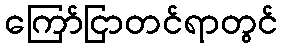
ကြော်ငြာတင်ရာတွင်